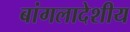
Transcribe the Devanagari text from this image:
बांगलादेशीय